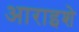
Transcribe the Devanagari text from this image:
आराइशे